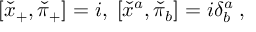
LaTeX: [ \check { x } _ { + } , \check { \pi } _ { + } ] = i , \; [ \check { x } ^ { a } , \check { \pi } _ { b } ] = i \delta _ { b } ^ { a } \; ,